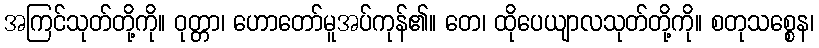
အကြင်သုတ်တို့ကို။ ဝုတ္တာ၊ ဟောတော်မူအပ်ကုန်၏။ တေ၊ ထိုပေယျာလသုတ်တို့ကို။ စတုသစ္စေန၊